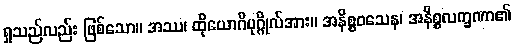
ရှုသည်လည်း ဖြစ်သော။ အဿ၊ ထိုယောဂီပုဂ္ဂိုလ်အား။ အနိစ္စဝသေန၊ အနိစ္စလက္ခဏာ၏